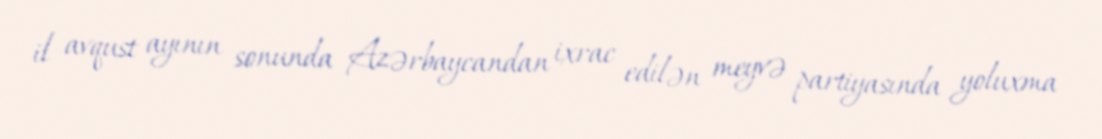
il avqust ayının sonunda Azərbaycandan ixrac edilən meyvə partiyasında yoluxma